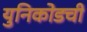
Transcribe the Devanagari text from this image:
युनिकोडची